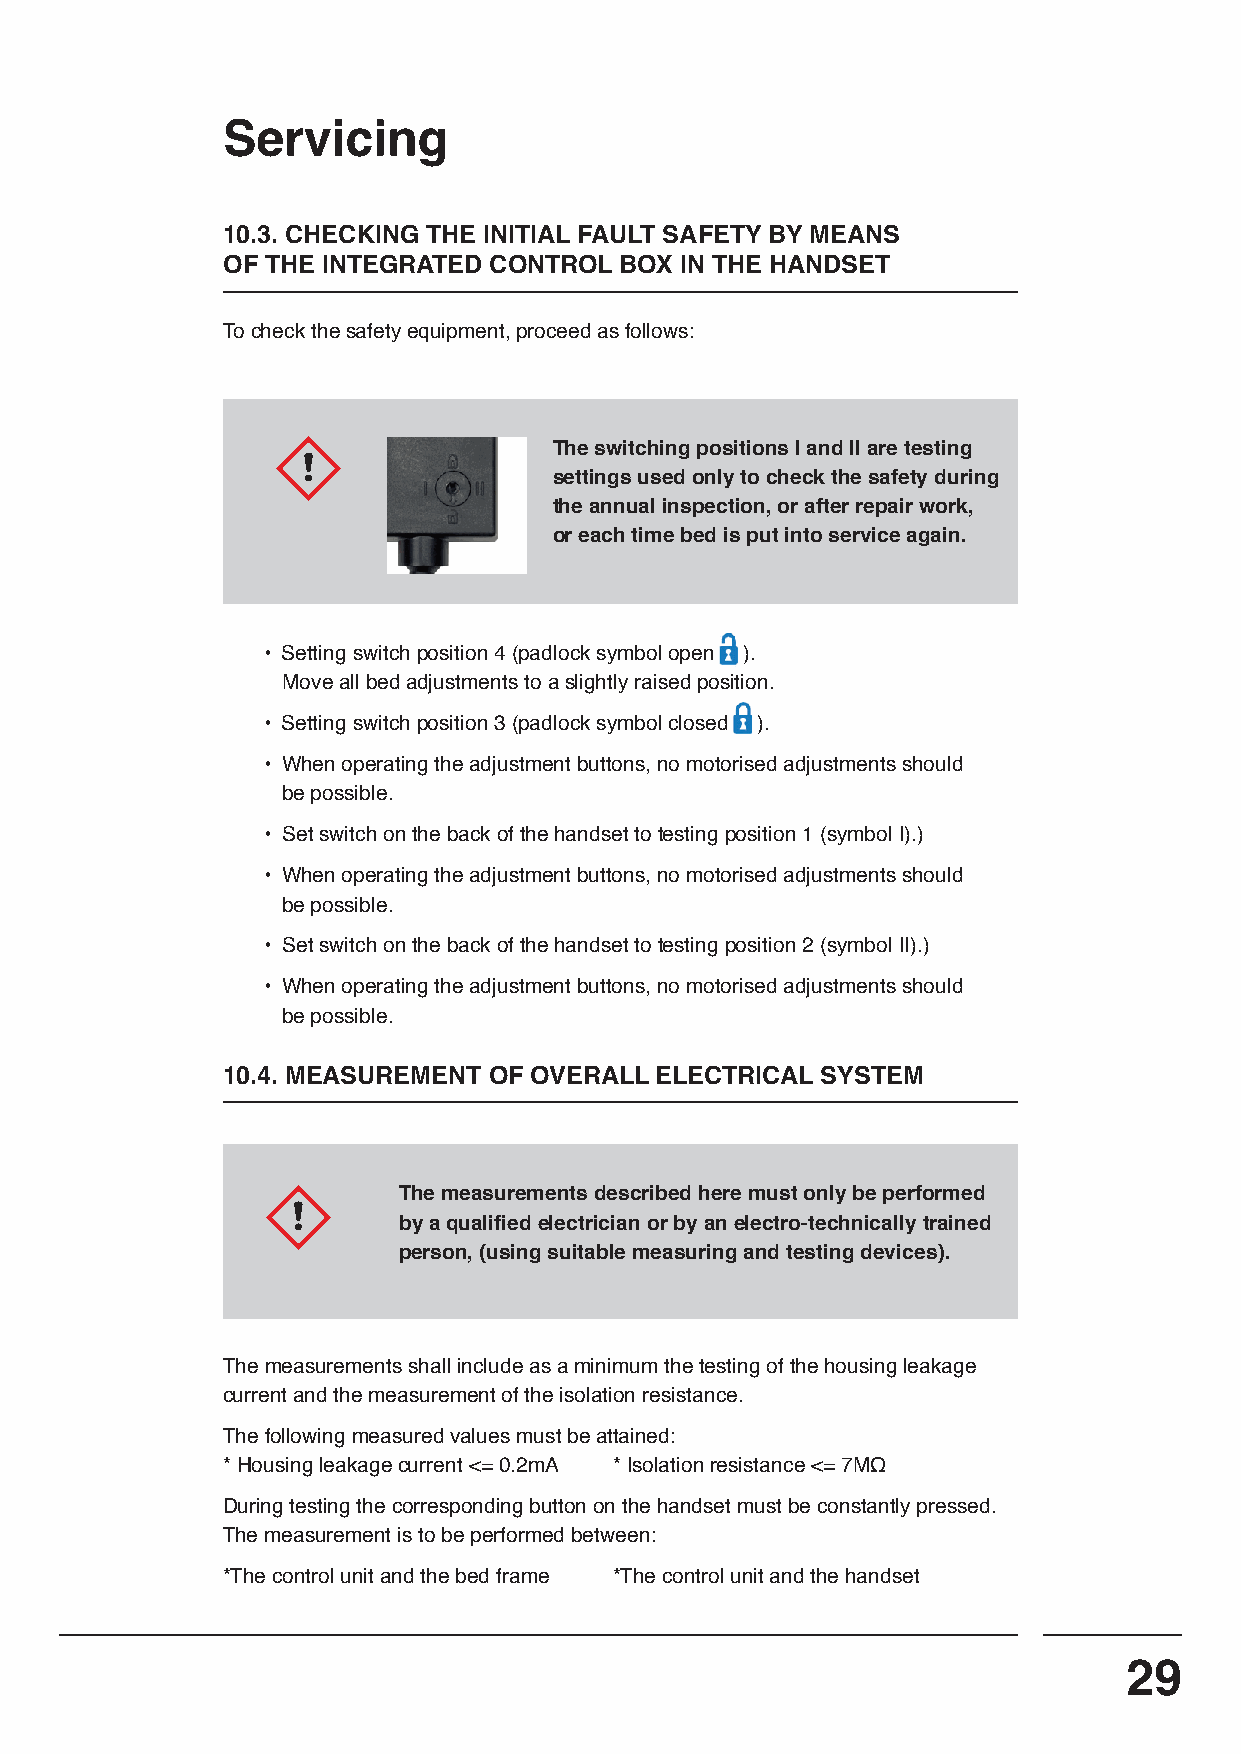
Servicing
 10.3. CHECKING THE INITIAL FAULT SAFETY BY MEANS
 OF THE INTEGRATED CONTROL BOX IN THE HANDSET
 To check the safety equipment, proceed as follows:
 The switching positions I and II are testing
 settings used only to check the safety during
 the annual inspection, or after repair work,
 or each time bed is put into service again.
 • Setting switch position 4 (padlock symbol open ).
 Move all bed adjustments to a slightly raised position.
 • Setting switch position 3 (padlock symbol closed ).
 • When operating the adjustment buttons, no motorised adjustments should
 be possible.
 • Set switch on the back of the handset to testing position 1 (symbol I).)
 • When operating the adjustment buttons, no motorised adjustments should
 be possible.
 • Set switch on the back of the handset to testing position 2 (symbol II).)
 • When operating the adjustment buttons, no motorised adjustments should
 be possible.
 10.4. MEASUREMENT OF OVERALL ELECTRICAL SYSTEM
 The measurements described here must only be performed
 by a qualified electrician or by an electro-technically trained
 person, (using suitable measuring and testing devices).
 The measurements shall include as a minimum the testing of the housing leakage
 current and the measurement of the isolation resistance.
 The following measured values must be attained:
 * Housing leakage current <= 0.2mA * Isolation resistance <= 7MΩ
 During testing the corresponding button on the handset must be constantly pressed.
 The measurement is to be performed between:
 *The control unit and the bed frame *The control unit and the handset
 29